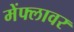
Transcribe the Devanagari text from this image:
मेंफ्लावर